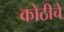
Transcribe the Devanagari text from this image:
कोठीचे